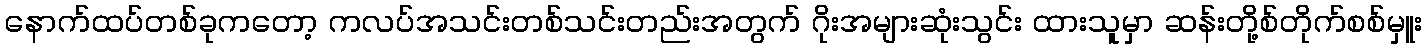
နောက်ထပ်တစ်ခုကတော့ ကလပ်အသင်းတစ်သင်းတည်းအတွက် ဂိုးအများဆုံးသွင်း ထားသူမှာ ဆန်းတို့စ်တိုက်စစ်မှူး